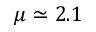
\mu \simeq 2 . 1